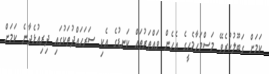
ކަމަށް ގަބޫލުކުރެވޭ މަސްމަހާމެހީގެ އެހެން ވައްތަރުތައް ކަނޑުގެ އެކި ސަރަހައްދުތަކުގައި ދިރިއުޅެދާނެ ކަމަށް